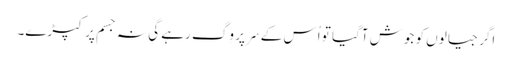
اگر جیالوں کو جوش آگیا تو اُس کے سَر پر وِگ رہے گی نہ جسم پر کپڑے۔